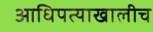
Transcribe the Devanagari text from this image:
आधिपत्याखालीच